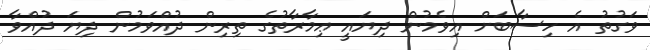
ވަގުތު އެ ހިސާބަށް އިވެމުން ދިޔައީ ޢިމާރާތުގެ ތިރިން ދުއްވަމުން ދިޔަ ދުއްވާ